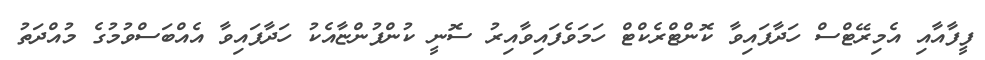
ފީފާއާއި އެމިރޭޓްސް ހަދާފައިވާ ކޮންޓްރެކްޓް ހަމަވެފައިވާއިރު ސޮނީ ކުންފުންޏާއެކު ހަދާފައިވާ އެއްބަސްވުމުގެ މުއްދަތު